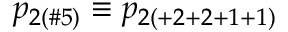
p _ { 2 ( \# 5 ) } \equiv p _ { 2 ( + 2 + 2 + 1 + 1 ) }